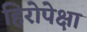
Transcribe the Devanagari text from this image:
हिरोपेक्षा